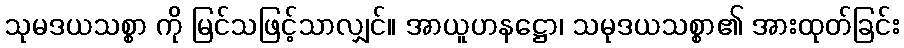
သုမဒယသစ္စာ ကို မြင်သဖြင့်သာလျှင်။ အာယူဟနဋ္ဌော၊ သမုဒယသစ္စာ၏ အားထုတ်ခြင်း